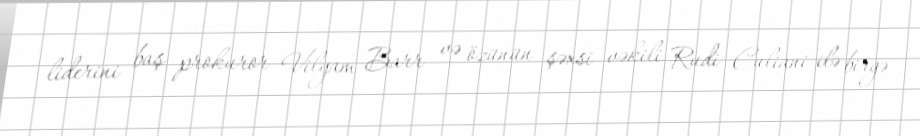
liderini baş prokuror Vilyam Barr və özünün şəxsi vəkili Rudi Culiani ilə birgə